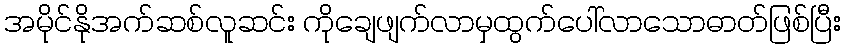
အမိုင်နိုအက်ဆစ်လူဆင်း ကိုချေဖျက်လာမှထွက်ပေါ်လာသောဓာတ်ဖြစ်ပြီး